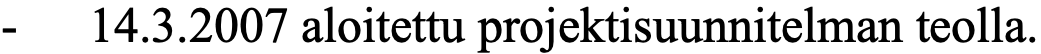
-  14.3.2007 aloitettu projektisuunnitelman teolla.